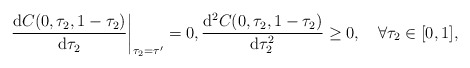
\begin{align*} \left.\frac{\mathrm{d} C(0,\tau_2,1-\tau_2)}{\mathrm{d} \tau_2}\right|_{\tau_2=\tau^\prime}&=0, \frac{\mathrm{d}^2C(0,\tau_2,1-\tau_2) }{\mathrm{d} \tau_2^2}\geq 0, \quad\forall \tau_2\in[0,1], \end{align*}